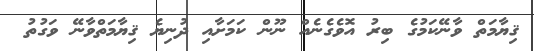
ޤިޔާމަތް ވާނޭކަމުގެ ބިރު އޮވެގެނެއް ނޫން ކަމަށާއި ދުނިޔެ ޤިޔާމަތްވާނޭ ވަގުތު